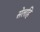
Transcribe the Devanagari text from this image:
सेलहि